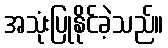
အသုံးပြုနိုင်ခဲ့သည်။